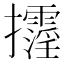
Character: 𢺓